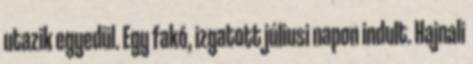
utazik egyedül. Egy fakó, izgatott júliusi napon indult. Hajnali